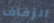
الزفاف